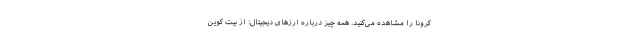
کرونا را مشاهده می‌کنید. همه چیز درباره ارزهای دیجیتال: از بیت کوین